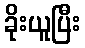
ခိုးယူပြီး